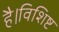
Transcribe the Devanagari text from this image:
है।विशिष्ट